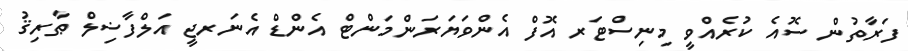
ފަރާތުން ސޮއެ ކުރެއްވީ މިނިސްޓަރ އޮފް އެންވަޔަރަންމަންޓް އެންޑް އެނަރޖީ އަލްފާޟިލް ޠާރިޤު